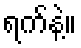
ရက်နဲ့။